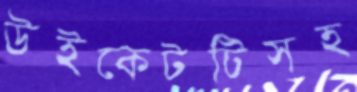
উইকেটটিসহ